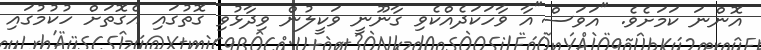
އޮންނަ ކަމަށެވެ. "އަވަސް"އާ ވާހަކަދެއްކެވި ގާނޫނީ ވަކީލުން ވިދާޅުވި ގޮތުގައި އެގޮތަށް ހުކުމުގައި